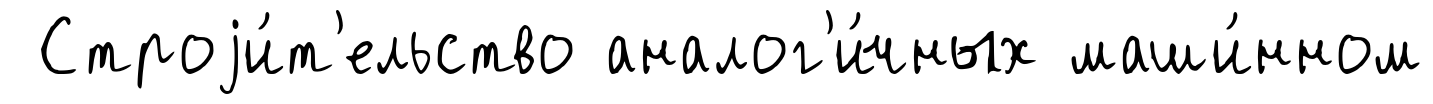
Строjи́т'ельство аналог'и́чных маши́нном